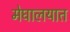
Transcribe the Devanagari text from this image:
मेघालयात